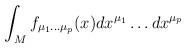
LaTeX: \begin{align*}\int_{M} f_{\mu_1 \dots \mu_p} (x)dx^{\mu_1} \dots dx^{\mu_p}\end{align*}